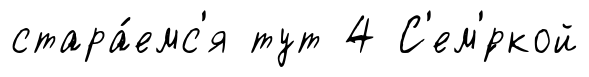
стара́емс'я тут 4 С'ем'́ркой